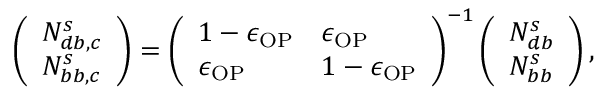
\left( \begin{array} { l } { N _ { d b , c } ^ { s } } \\ { N _ { b b , c } ^ { s } } \end{array} \right) = \left( \begin{array} { l l } { 1 - \epsilon _ { \mathrm { O P } } } & { \epsilon _ { \mathrm { O P } } } \\ { \epsilon _ { \mathrm { O P } } } & { 1 - \epsilon _ { \mathrm { O P } } } \end{array} \right) ^ { - 1 } \left( \begin{array} { l } { N _ { d b } ^ { s } } \\ { N _ { b b } ^ { s } } \end{array} \right) ,